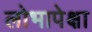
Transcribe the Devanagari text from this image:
लोभापेक्षा